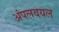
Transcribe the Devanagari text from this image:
अंपलवयल